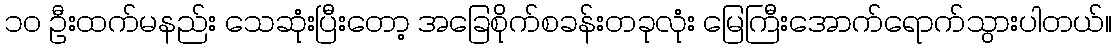
၁၀ ဦးထက်မနည်း သေဆုံးပြီးတော့ အခြေစိုက်စခန်းတခုလုံး မြေကြီးအောက်ရောက်သွားပါတယ်။